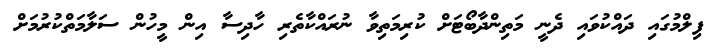
ފިލްމުގައި ދައްކުވައި ދެނީ މަތިންދާބޯޓަށް ކުރިމަތިވާ ނުރައްކާތެރި ހާދިސާ އިން މީހުން ސަލާމަތްކުރުމަށް